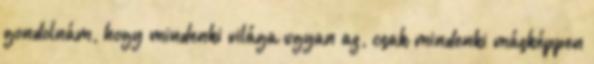
gondolnám, hogy mindenki világa ugyan az, csak mindenki másképpen